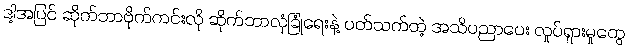
ဒါ့အပြင် ဆိုက်ဘာဗိုက်ကင်းလို ဆိုက်ဘာလုံခြုံရေးနဲ့ ပတ်သက်တဲ့ အသိပညာပေး လှုပ်ရှားမှုတွေ